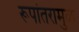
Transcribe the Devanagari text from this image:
रूपांतरामुळे